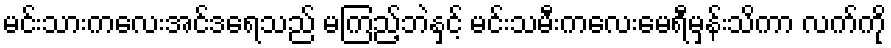
မင်းသားကလေးအင်ဒရေသည် မကြည့်ဘဲနှင့် မင်းသမီးကလေးမေရီမှန်းသိကာ လက်ကို